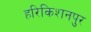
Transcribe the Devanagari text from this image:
हरिकिशनपुर